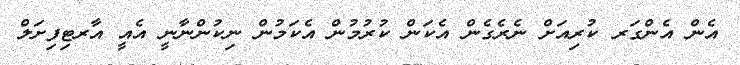
އެން އެންގަރ ކުރިއަށް ނެރެގެން އެކަން ކުރުމުން އެކަމުން ނިކުންނާނީ އެއީ އާރޓިފިިށަލް